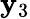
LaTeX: \mathbf{y}_{3}